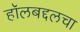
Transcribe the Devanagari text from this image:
हॉलबद्दलचा